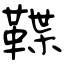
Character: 鞢